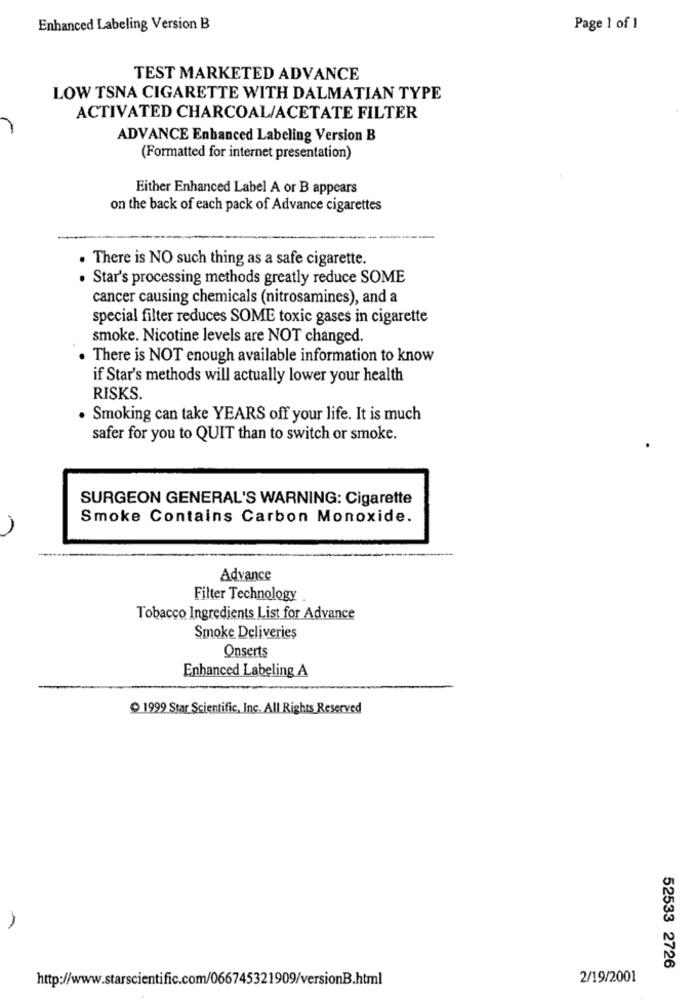
Enhanced Labeling Version B
Page 1 of 1
TEST MARKETED ADVANCE
LOW TSNA CIGARETTE WITH DALMATIAN TYPE
ACTIVATED CHARCOAL/ACETATE FILTER
ADVANCE Enhanced Labeling Version B
(Formatted for internet presentation)
Either Enhanced Label A or B appears
on the back of each pack of Advance cigarettes
. There is NO such thing as a safe cigarette.
. Star's processing methods greatly reduce SOME
cancer causing chemicals (nitrosamines), and a
special filter reduces SOME toxic gases in cigarette
smoke. Nicotine levels are NOT changed.
. There is NOT enough available information to know
if Star's methods will actually lower your health
RISKS.
. Smoking can take YEARS off your life. It is much
safer for you to QUIT than to switch or smoke.
SURGEON GENERAL'S WARNING: Cigarette
Smoke Contains Carbon Monoxide.
Advance
Filter Technology
Tobacco Ingredients List for Advance
Smoke Deliveries
Onserts
Enhanced Labeling A
1999 Star Scientific, Inc. All Rights Reserved
52533 2726
http://www.starscientific.com/066745321909/versionB.html
2/19/2001